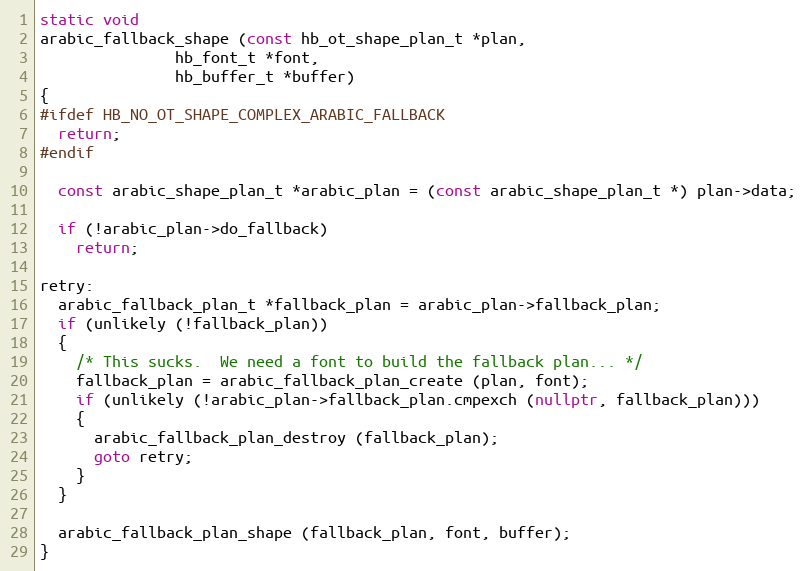
Language: C++
static void
arabic_fallback_shape (const hb_ot_shape_plan_t *plan,
		       hb_font_t *font,
		       hb_buffer_t *buffer)
{
#ifdef HB_NO_OT_SHAPE_COMPLEX_ARABIC_FALLBACK
  return;
#endif

  const arabic_shape_plan_t *arabic_plan = (const arabic_shape_plan_t *) plan->data;

  if (!arabic_plan->do_fallback)
    return;

retry:
  arabic_fallback_plan_t *fallback_plan = arabic_plan->fallback_plan;
  if (unlikely (!fallback_plan))
  {
    /* This sucks.  We need a font to build the fallback plan... */
    fallback_plan = arabic_fallback_plan_create (plan, font);
    if (unlikely (!arabic_plan->fallback_plan.cmpexch (nullptr, fallback_plan)))
    {
      arabic_fallback_plan_destroy (fallback_plan);
      goto retry;
    }
  }

  arabic_fallback_plan_shape (fallback_plan, font, buffer);
}